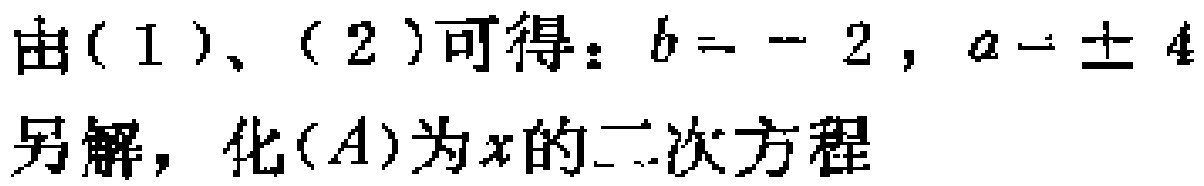
由(1)、(2)可得：$b = - 2$, $a = \pm 4$
另解，化$(A)$为$x$的二次方程